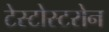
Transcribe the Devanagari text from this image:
टेस्टोस्टरोन